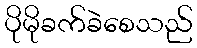
ပိုမိုခက်ခဲစေသည်